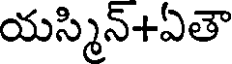
యస్మిన్+ఏతౌ